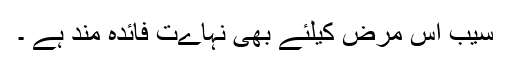
سیب اس مرض کیلئے بھی نہاےت فائدہ مند ہے ۔